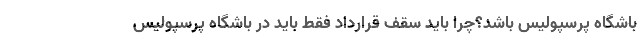
باشگاه پرسپولیس باشد؟چرا باید سقف قرارداد فقط باید در باشگاه پرسپولیس